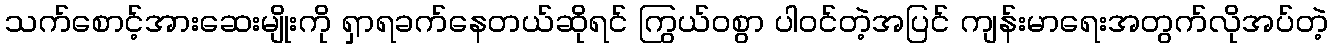
သက်စောင့်အားဆေးမျိုးကို ရှာရခက်နေတယ်ဆိုရင် ကြွယ်ဝစွာ ပါဝင်တဲ့အပြင် ကျန်းမာရေးအတွက်လိုအပ်တဲ့